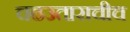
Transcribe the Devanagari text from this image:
चढउताराचीच